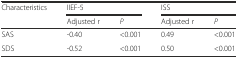
<table><thead><tr><td><b>Characteristics</b></td><td colspan="2"><b>IIEF-5</b></td><td colspan="2"><b>ISS</b></td></tr><tr><td></td><td><b>Adjusted r</b></td><td><b><i>P</i></b></td><td><b>Adjusted r</b></td><td><b><i>P</i></b></td></tr></thead><tbody><tr><td>SAS</td><td>-0.40</td><td>&lt;0.001</td><td>0.49</td><td>&lt;0.001</td></tr><tr><td>SDS</td><td>-0.52</td><td>&lt;0.001</td><td>0.50</td><td>&lt;0.001</td></tr></tbody></table>